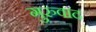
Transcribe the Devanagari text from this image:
गुरुवाद